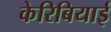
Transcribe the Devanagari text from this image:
केरिबियाई